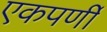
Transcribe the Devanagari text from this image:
एकपर्णी